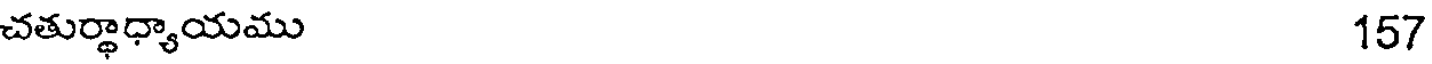
చతుర్థాధ్యాయము 157